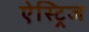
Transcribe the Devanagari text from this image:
ऐस्ट्रिज